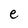
Character: e